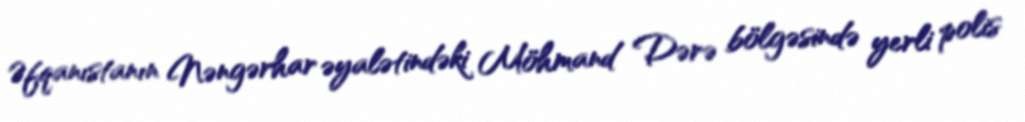
Əfqanıstanın Nəngərhar əyalətindəki Möhmand Dərə bölgəsində yerli polis